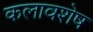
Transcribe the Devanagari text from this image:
कलावशेष